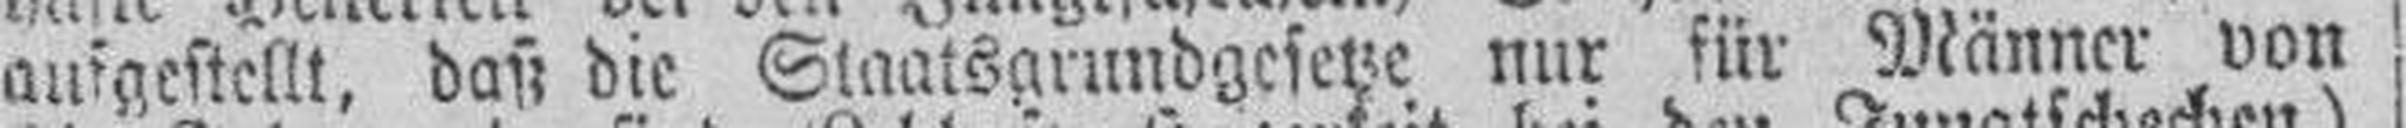
aufgestellt, daß die Staatsgrundgesetze nur für Männer von